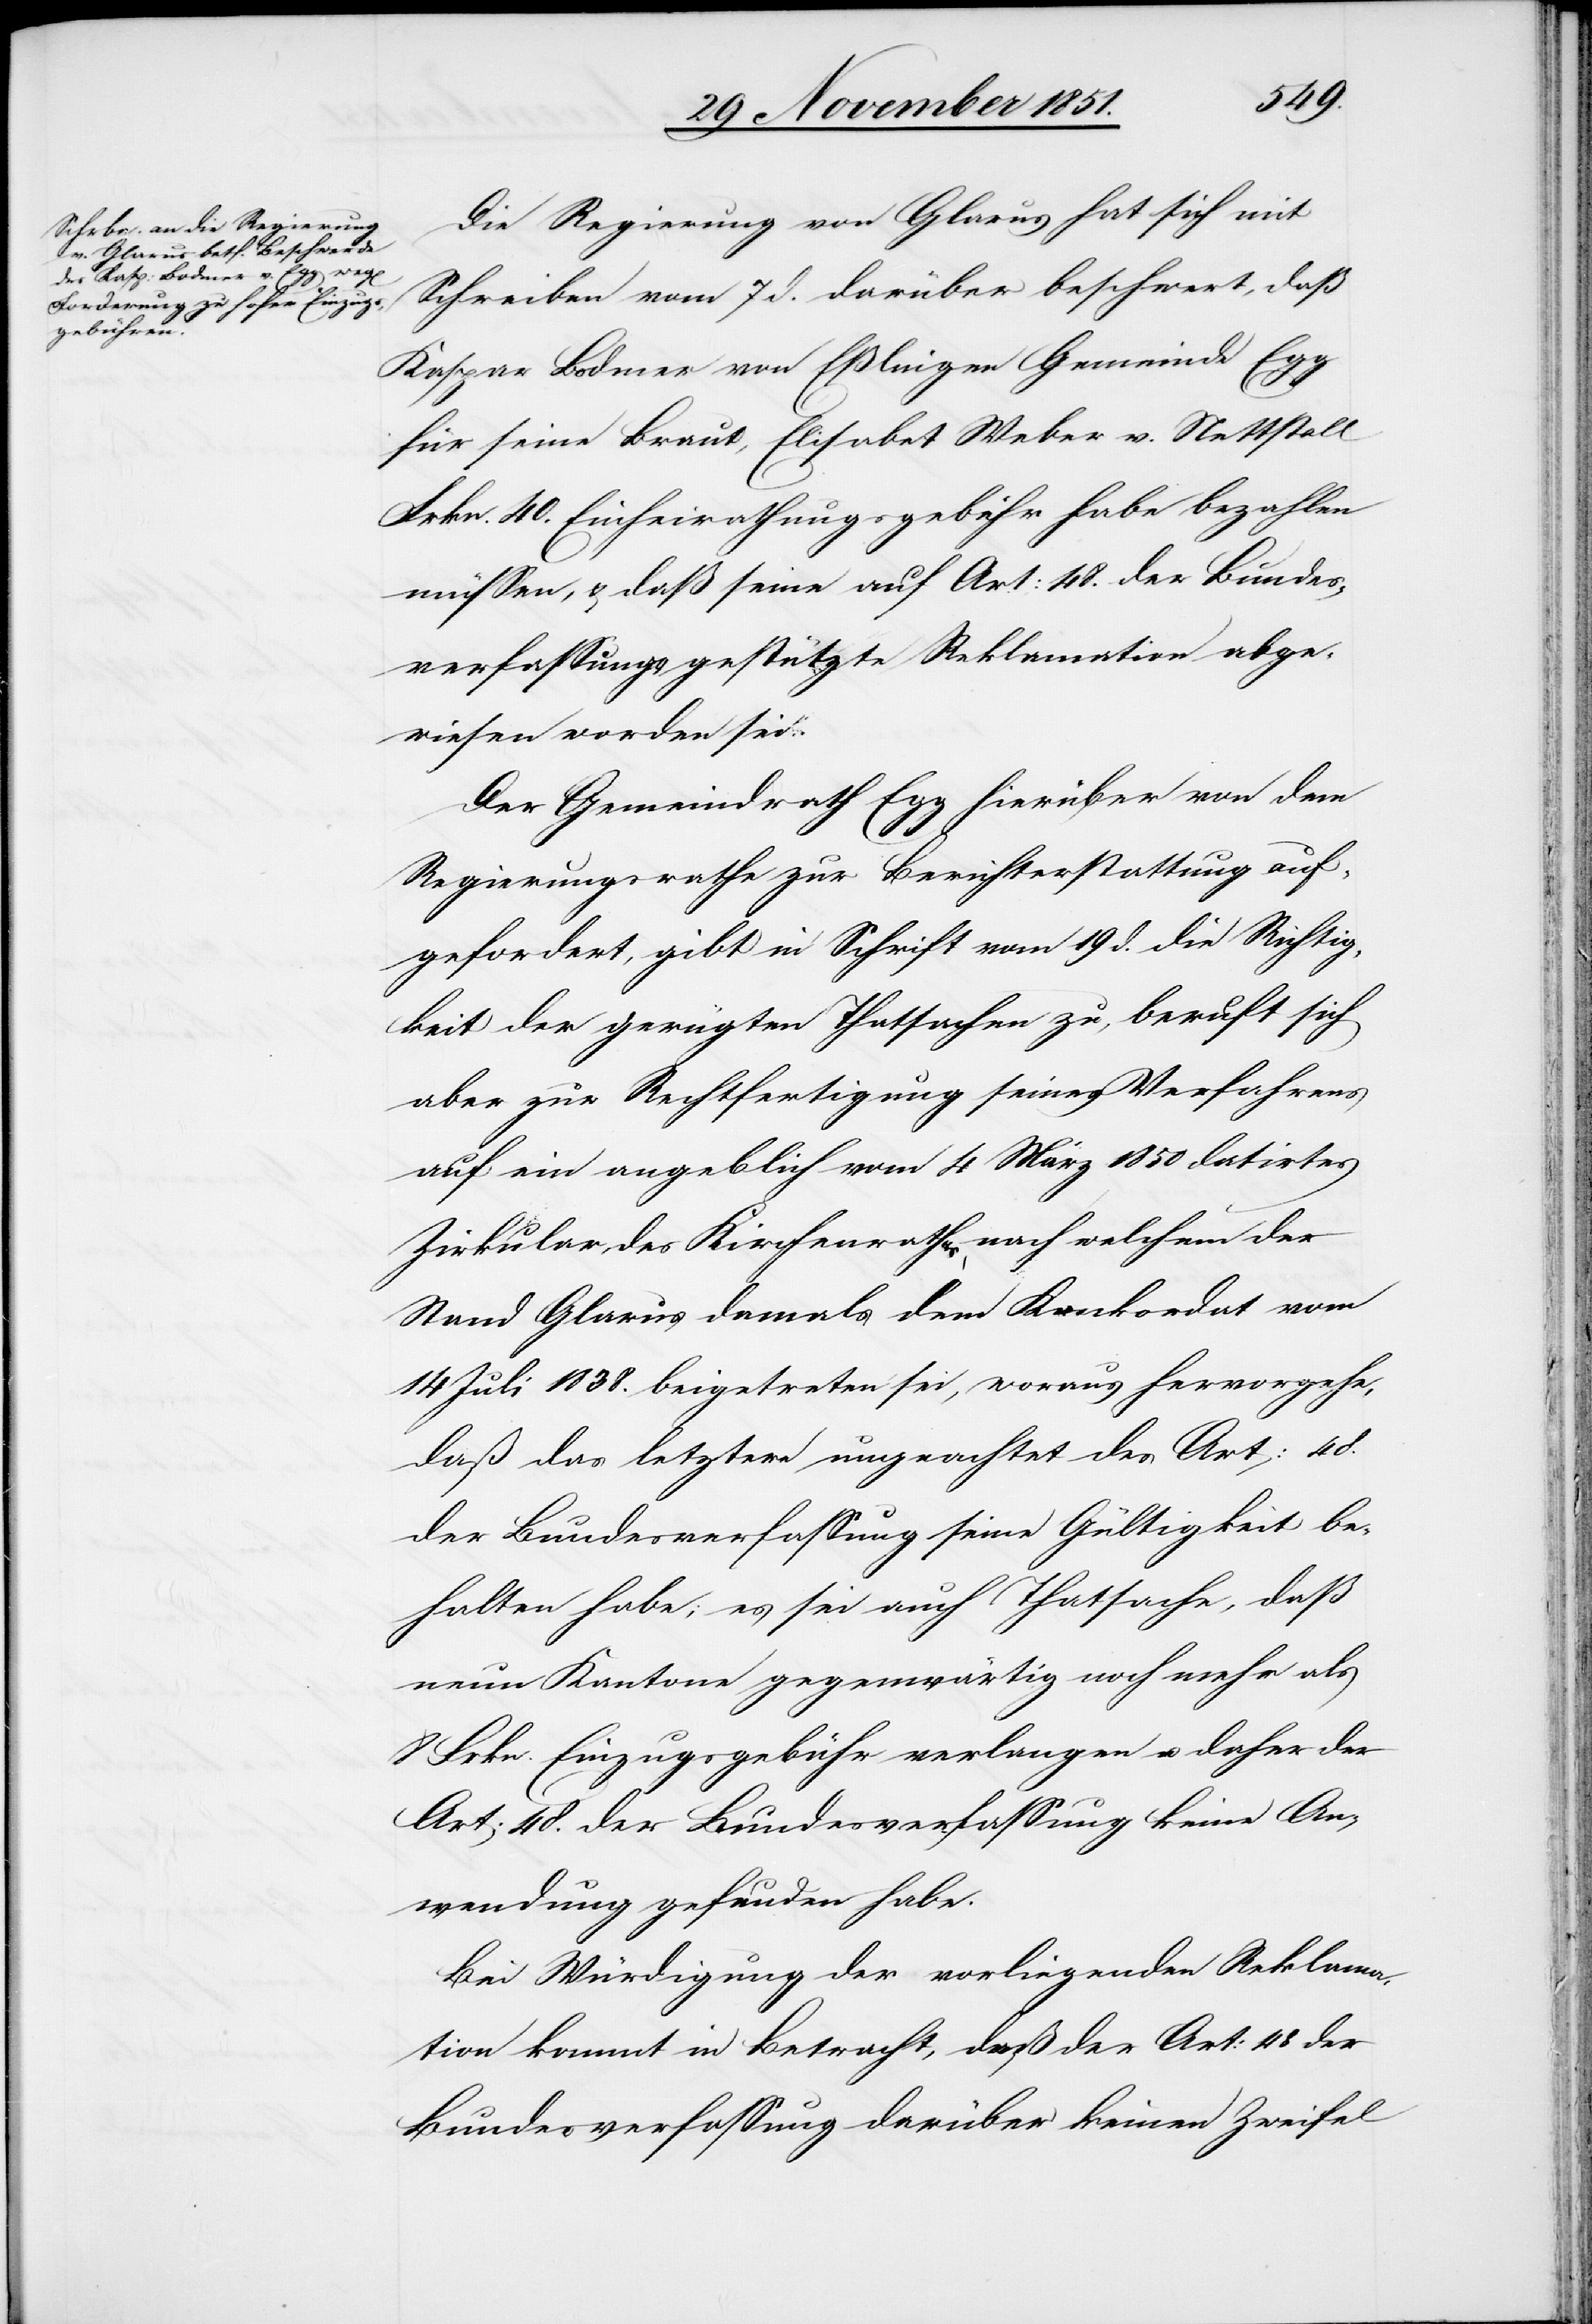
Die Regierung von Glarus hat sich mit
Schreiben vom 7 d. darüber beschwert, daß
Kaspar Bodmer von Eßlingen Gemeinde Egg
für seine Braut, Elisabet Weber v. Nettstall
Frkn. 40. Einheirathungsgebühr habe bezahlen
müssen, & daß seine auf Art: 48. der Bundes¬
verfassung gestützte Reklamation abge¬
wiesen worden sei.
Der Gemeindrath Egg hierüber von dem
Regierungsrathe zur Berichterstattung auf¬
gefordert, gibt in Schrift vom 19 d. die Richtig¬
keit der gerügten Thatsachen zu, beruft sich
aber zur Rechtfertigung seines Verfahrens
auf ein angeblich vom 4 März 1850 datirtes
Zirkular des Kirchenrathes, nach welchem der
Stand Glarus damals dem Konkordat vom
14 Juli 1838. beigetreten sei, woraus hervorgehe,
daß das letztere ungeachtet des Art: 48.
der Bundesverfassung seine Gültigkeit be¬
halten habe; es sei auch Thatsache, daß
neun Kantone gegenwärtig noch mehr als
8 Frkn. Einzugsgebühr verlangen u. daher der
Art: 48. der Bundesverfassung keine An¬
wendung gefunden habe.
Bei Würdigung der vorliegenden Reklama¬
tion kommt in Betracht, daß der Art: 48 der
Bundesverfassung darüber keinen Zweifel